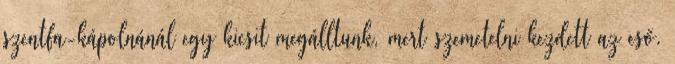
szentfa-kápolnánál egy kicsit megálltunk, mert szemetelni kezdett az eső.